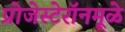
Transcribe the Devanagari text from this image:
प्रोजेस्टेरॉनमूळे